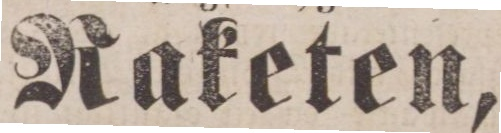
Raketen,